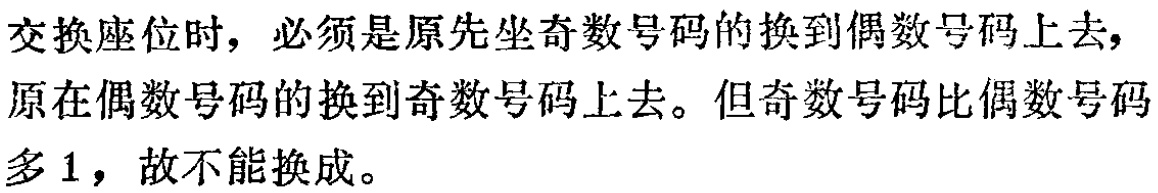
交换座位时，必须是原先坐奇数号码的换到偶数号码上去，原在偶数号码的换到奇数号码上去。但奇数号码比偶数号码多 1，故不能换成。